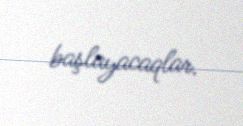
başlayacaqlar.